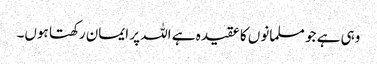
وہی ہے جو مسلمانوں کا عقیدہ ہے اللہ پر ایمان رکھتا ہوں۔